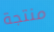
منتجة